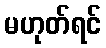
မဟုတ်ရင်